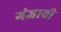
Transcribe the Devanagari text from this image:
गंजावी